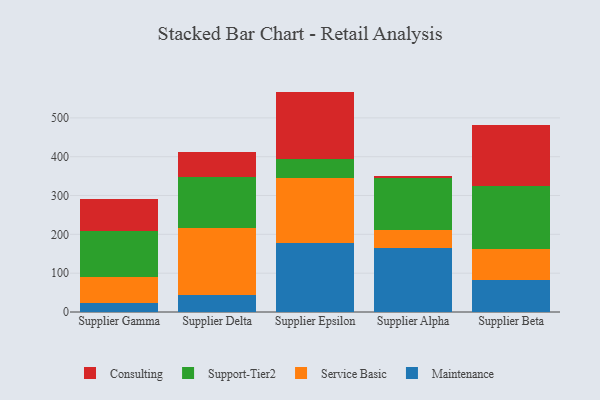
{"axis": {"x": "Supplier", "y": "Backlog"}, "legend": ["Consulting", "Maintenance", "Service Basic", "Support-Tier2"], "data": [{"x": "Supplier Gamma", "y": 24.2, "type": "Maintenance"}, {"x": "Supplier Gamma", "y": 65.7, "type": "Service Basic"}, {"x": "Supplier Gamma", "y": 118.8, "type": "Support-Tier2"}, {"x": "Supplier Gamma", "y": 81.4, "type": "Consulting"}, {"x": "Supplier Delta", "y": 44.3, "type": "Maintenance"}, {"x": "Supplier Delta", "y": 172.3, "type": "Service Basic"}, {"x": "Supplier Delta", "y": 131.0, "type": "Support-Tier2"}, {"x": "Supplier Delta", "y": 65.5, "type": "Consulting"}, {"x": "Supplier Epsilon", "y": 178.1, "type": "Maintenance"}, {"x": "Supplier Epsilon", "y": 168.2, "type": "Service Basic"}, {"x": "Supplier Epsilon", "y": 47.5, "type": "Support-Tier2"}, {"x": "Supplier Epsilon", "y": 173.9, "type": "Consulting"}, {"x": "Supplier Alpha", "y": 164.4, "type": "Maintenance"}, {"x": "Supplier Alpha", "y": 46.7, "type": "Service Basic"}, {"x": "Supplier Alpha", "y": 133.9, "type": "Support-Tier2"}, {"x": "Supplier Alpha", "y": 5.4, "type": "Consulting"}, {"x": "Supplier Beta", "y": 82.3, "type": "Maintenance"}, {"x": "Supplier Beta", "y": 79.2, "type": "Service Basic"}, {"x": "Supplier Beta", "y": 162.7, "type": "Support-Tier2"}, {"x": "Supplier Beta", "y": 156.3, "type": "Consulting"}]}